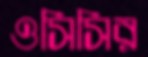
ওসিসির